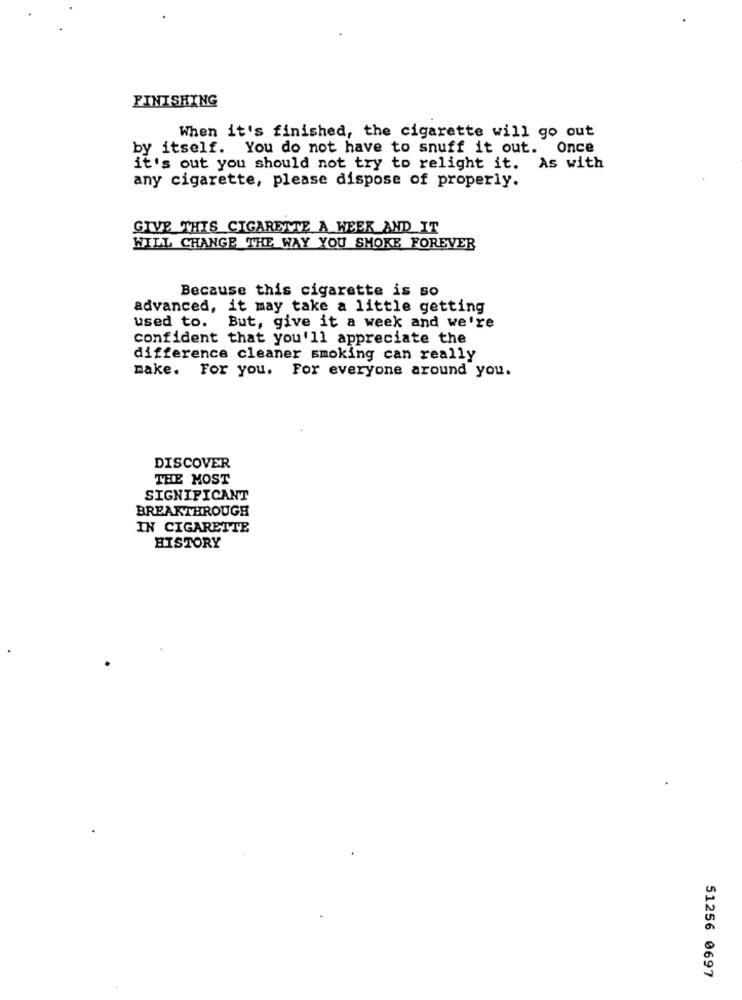
FINISHING
When it's finished, the cigarette will go out
by itself. You do not have to snuff it out. Once
it's out you should not try to relight it. As with
any cigarette, please dispose of properly.
GIVE THIS CIGARETTE A WEEK AND IT
WILL CHANGE THE WAY YOU SHOKE FOREVER
Because this cigarette is so
advanced, it may take a little getting
used to.
But, give it a week and we're
confident that you'll appreciate the
difference cleaner smoking can really
make. For you. For everyone around you.
DISCOVER
THE MOST
SIGNIFICANT
BREAKTHROUGH
IN CIGARETTE
HISTORY
51256 0697